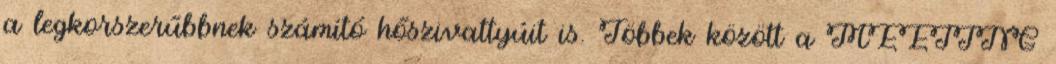
a legkorszerűbbnek számító hőszivattyúit is. Többek között a MEETING